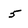
Character: 5